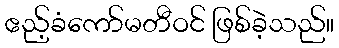
ဧည့်ခံကော်မတီဝင် ဖြစ်ခဲ့သည်။